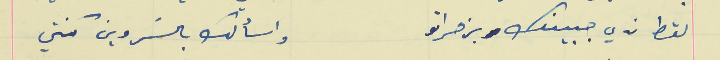
نقط ندي جبينك بزهراتو                                      واسألك بالسَر وين كنتي